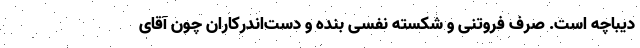
دیباچه است. صرف فروتنی و شکسته نفسی بنده و دست‌اندرکاران چون آقای